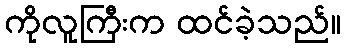
ကိုလူကြီးက ထင်ခဲ့သည်။